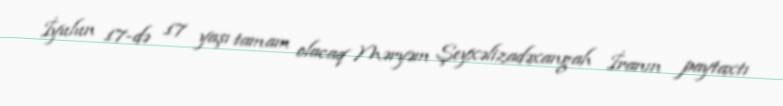
İyulun 17-də 17 yaşı tamam olacaq Məryəm Şeyxəlizadəxangah İranın paytaxtı